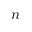
n